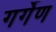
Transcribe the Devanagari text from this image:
गर्गेण